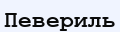
Певериль